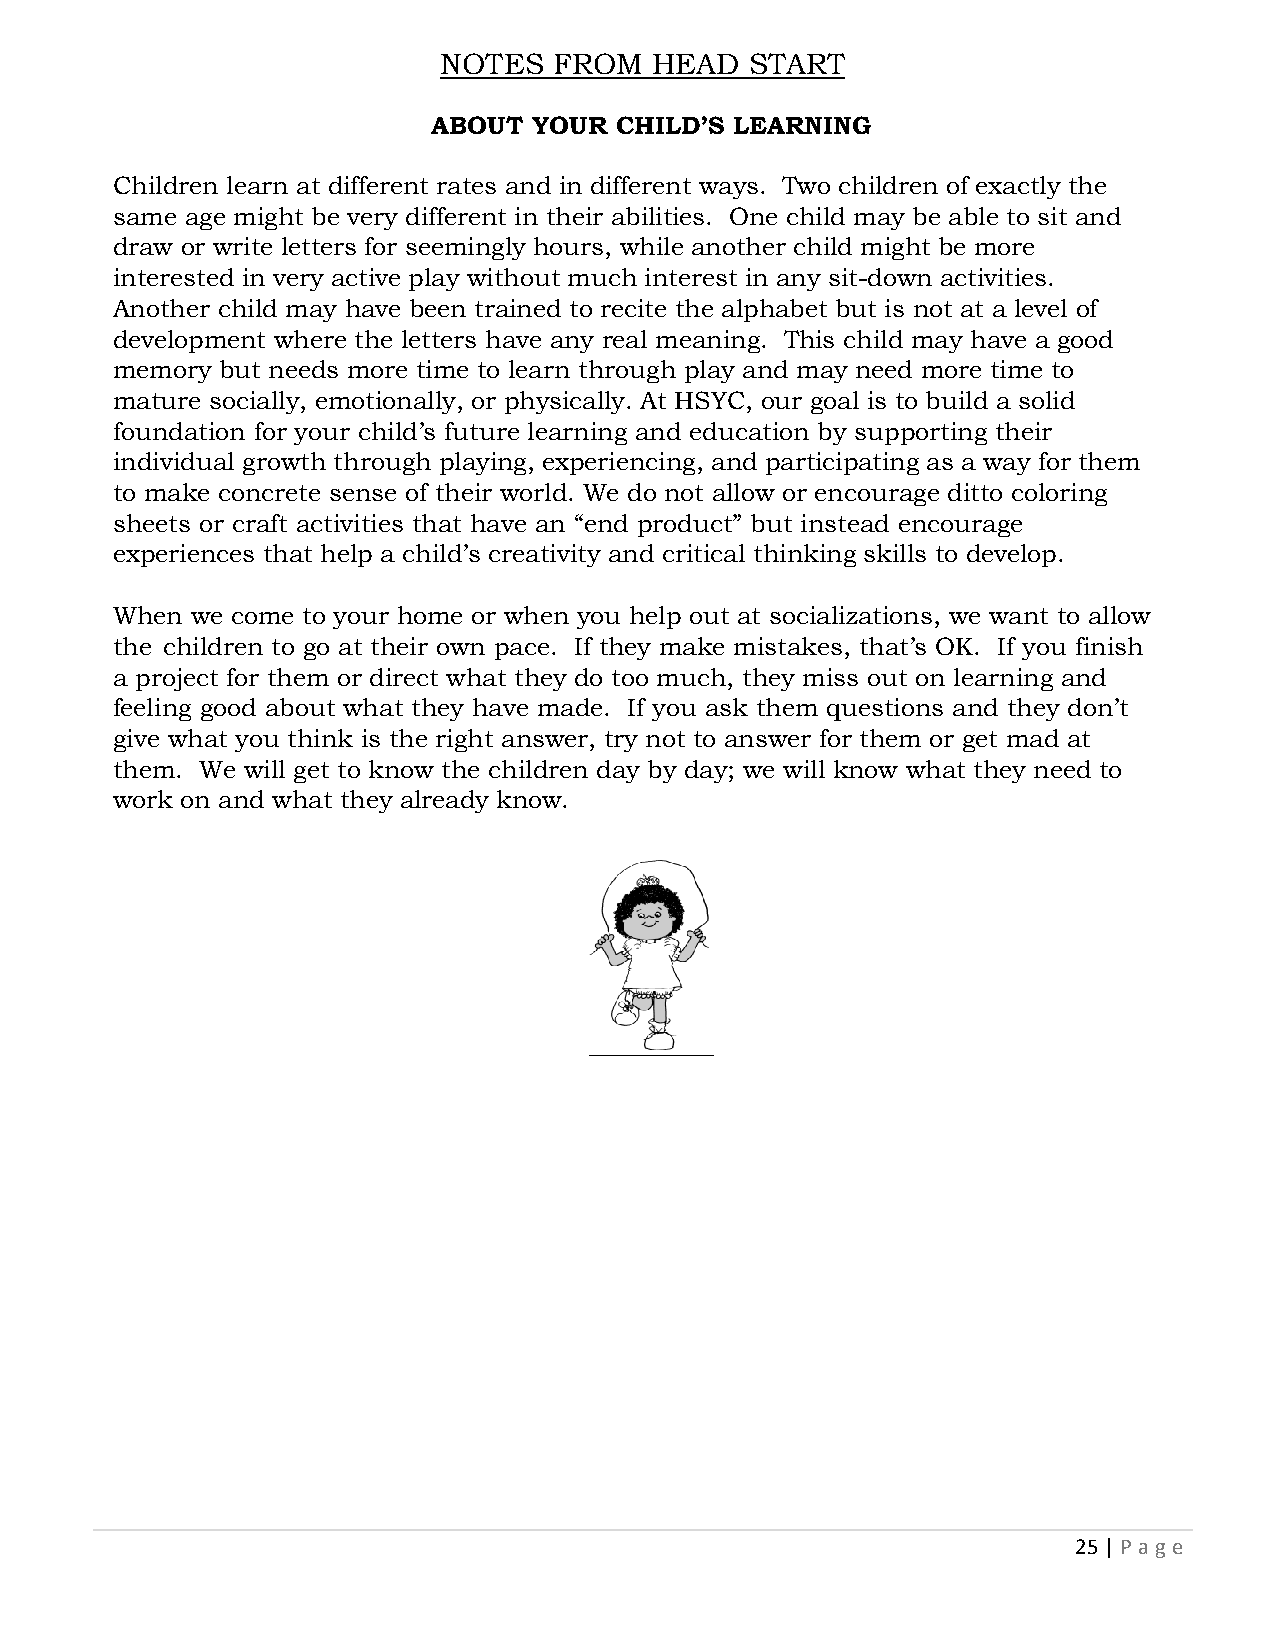
NOTES   FROM  HEAD   START
 ABOUT YOUR  CHILD’S LEARNING
 Children learn at different rates and in different ways. Two children of exactly the
 same age might be very different in their abilities. One child may be able to sit and
 draw or write letters for seemingly hours, while another child might be more
 interested in very active play without much interest in any sit-down activities.
 Another child may have been trained to recite the alphabet but is not at a level of
 development where the letters have any real meaning. This child may have a good
 memory but needs more time to learn through play and may need more time to
 mature socially, emotionally, or physically. At HSYC, our goal is to build a solid
 foundation for your child’s future learning and education by supporting their
 individual growth through playing, experiencing, and participating as a way for them
 to make concrete sense of their world. We do not allow or encourage ditto coloring
 sheets or craft activities that have an “end product” but instead encourage
 experiences that help a child’s creativity and critical thinking skills to develop.
 When  we come to your home or when you help out at socializations, we want to allow
 the children to go at their own pace. If they make mistakes, that’s OK. If you finish
 a project for them or direct what they do too much, they miss out on learning and
 feeling good about what they have made. If you ask them questions and they don’t
 give what you think is the right answer, try not to answer for them or get mad at
 them. We will get to know the children day by day; we will know what they need to
 work on and what they already know.
 25 | P age